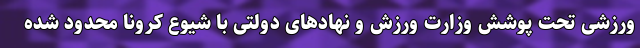
ورزشی تحت پوشش وزارت ورزش و نهادهای دولتی با شیوع کرونا محدود شده